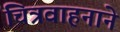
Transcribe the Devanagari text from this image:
चित्रवाहनाने